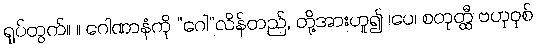
ရုပ်တွက်။ ။ ဂေါဏာနံကို “ဂေါ”လိန်တည်, တို့အားဟူ၍ ၊ပေ၊ စတုတ္ထီ ဗဟုဝုစ်